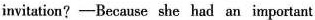
invitation?-Because she had an important